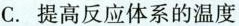
C.提高反应体系的温度